Report of an investigation of the epidemic of malarial fever in Assam, or, kala-azar
Disease focus: Malaria
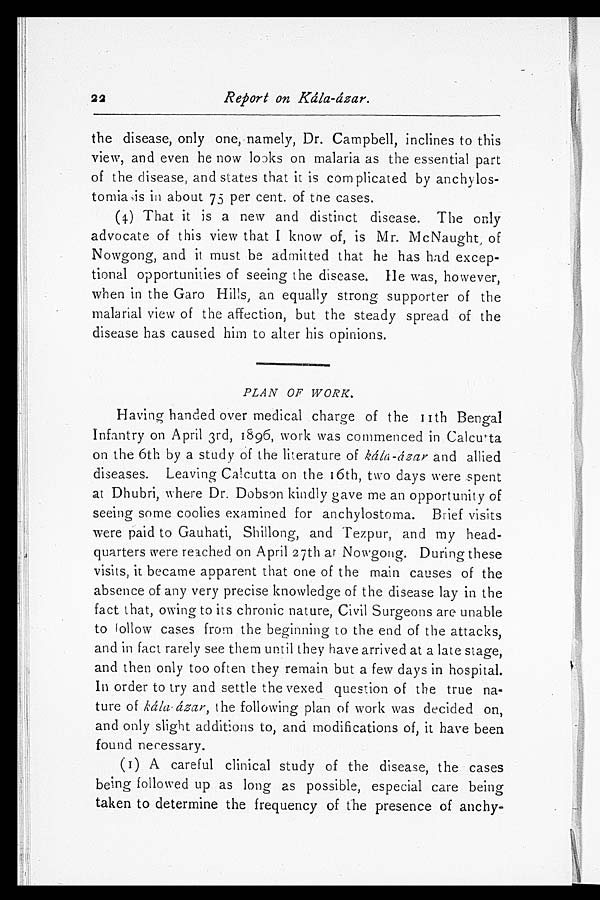
Report on Kála-ázar.
the disease, only one, namely, Dr. Campbell, inclines to this
view, and even he now looks on malaria as the essential part
of the disease, and states that it is corn plicated by anchylos-
tomis in about 73 per cent. of the cases.
(4) That it is a new and distinct disease. The only
advocate of this view that I know of, is Mr. McNaught , of
Nowgong, and it must be admitted that he has had excep-
tional opportunities of seeing the disease. He was, however,
when in the Garo Hills, an equally strong supporter of the
malarial view of the affection, but the steady spread of the
disease has caused him to alter his opinions.
PLAN OF WORK.
Having handed over medical charge of the nth Bengal
Infantry on April 3rd, 1896, work was commenced in Calcutta
on the 6th by a study of the literature of kála-ázar and allied
diseases. Leaving Calcutta on the 16th, two days were spent
at Dhubri, where Dr. Dobson kindly gave me an opportunity of
seeing some coolies examined for anchylostoma. Brief visits
were paid to Gauhati, Shillong, and Tezpur, and my head-
quarters were reached on April 27th at Nowgong. During these
visits, it became a p parent that one of the main causes of the
absence of any very precise knowledge of the disease lay in the
fact that, owing to its chronic nature, Civil Surgeons are unable
t o f o l l o w c a s e s f r o m t h e b e g i n n i n g t o t h e e n d o f t h e a t t a c k s ,
and in fact rarely see them until they have arrived at a late stage,
and then only too often they remain but a few days in hospital.
In order to try and settle the vexed question of the true na-
ture of kála-ázar, the following plan of work was decided on,
and only slight additions to, and modifications of, it have been
found necessary.
(I) A careful clinical study of the disease, the cases
being followed up as long as possible, especial care being
taken to determine the frequency of the presence of anchy
-
2 2